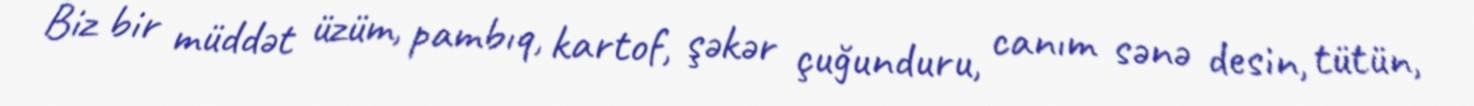
Biz bir müddət üzüm, pambıq, kartof, şəkər çuğunduru, canım sənə desin, tütün,